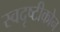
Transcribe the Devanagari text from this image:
स्वदृष्टीकोन